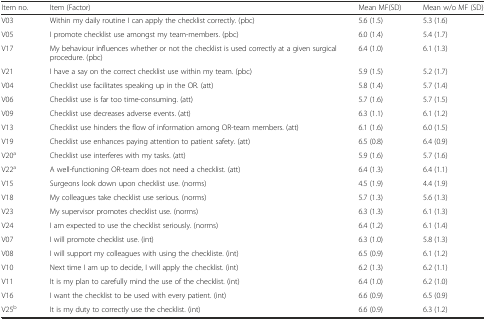
<table><thead><tr><td><b>Item no.</b></td><td><b>Item (Factor)</b></td><td><b>Mean MF(SD)</b></td><td><b>Mean w/o MF (SD)</b></td></tr></thead><tbody><tr><td>V03</td><td>Within my daily routine I can apply the checklist correctly. (pbc)</td><td>5.6 (1.5)</td><td>5.3 (1.6)</td></tr><tr><td>V05</td><td>I promote checklist use amongst my team-members. (pbc)</td><td>6.0 (1.4)</td><td>5.4 (1.7)</td></tr><tr><td>V17</td><td>My behaviour influences whether or not the checklist is used correctly at a given surgical procedure. (pbc)</td><td>6.4 (1.0)</td><td>6.1 (1.3)</td></tr><tr><td>V21</td><td>I have a say on the correct checklist use within my team. (pbc)</td><td>5.9 (1.5)</td><td>5.2 (1.7)</td></tr><tr><td>V04</td><td>Checklist use facilitates speaking up in the OR. (att)</td><td>5.8 (1.4)</td><td>5.7 (1.4)</td></tr><tr><td>V06</td><td>Checklist use is far too time-consuming. (att)</td><td>5.7 (1.6)</td><td>5.7 (1.5)</td></tr><tr><td>V09</td><td>Checklist use decreases adverse events. (att)</td><td>6.3 (1.1)</td><td>6.1 (1.2)</td></tr><tr><td>V13</td><td>Checklist use hinders the flow of information among OR-team members. (att)</td><td>6.1 (1.6)</td><td>6.0 (1.5)</td></tr><tr><td>V19</td><td>Checklist use enhances paying attention to patient safety. (att)</td><td>6.5 (0.8)</td><td>6.4 (0.9)</td></tr><tr><td>V20<sup>a</sup></td><td>Checklist use interferes with my tasks. (att)</td><td>5.9 (1.6)</td><td>5.7 (1.6)</td></tr><tr><td>V22<sup>a</sup></td><td>A well-functioning OR-team does not need a checklist. (att)</td><td>6.4 (1.3)</td><td>6.4 (1.1)</td></tr><tr><td>V15</td><td>Surgeons look down upon checklist use. (norms)</td><td>4.5 (1.9)</td><td>4.4 (1.9)</td></tr><tr><td>V18</td><td>My colleagues take checklist use serious. (norms)</td><td>5.7 (1.3)</td><td>5.6 (1.3)</td></tr><tr><td>V23</td><td>My supervisor promotes checklist use. (norms)</td><td>6.3 (1.3)</td><td>6.1 (1.3)</td></tr><tr><td>V24</td><td>I am expected to use the checklist seriously. (norms)</td><td>6.4 (1.2)</td><td>6.1 (1.4)</td></tr><tr><td>V07</td><td>I will promote checklist use. (int)</td><td>6.3 (1.0)</td><td>5.8 (1.3)</td></tr><tr><td>V08</td><td>I will support my colleagues with using the checkliste. (int)</td><td>6.5 (0.9)</td><td>6.1 (1.2)</td></tr><tr><td>V10</td><td>Next time I am up to decide, I will apply the checklist. (int)</td><td>6.2 (1.3)</td><td>6.2 (1.1)</td></tr><tr><td>V11</td><td>It is my plan to carefully mind the use of the checklist. (int)</td><td>6.4 (1.0)</td><td>6.2 (1.0)</td></tr><tr><td>V16</td><td>I want the checklist to be used with every patient. (int)</td><td>6.6 (0.9)</td><td>6.5 (0.9)</td></tr><tr><td>V25<sup>b</sup></td><td>It is my duty to correctly use the checklist. (int)</td><td>6.6 (0.9)</td><td>6.3 (1.2)</td></tr></tbody></table>